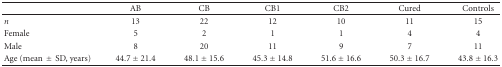
|  | AB | CB | CB1 | CB2 | Cured | Controls |
 | --- | --- | --- | --- | --- | --- | --- |
 | n | 13 | 22 | 12 | 10 | 11 | 15 |
 | Female | 5 | 2 | 1 | 1 | 4 | 4 |
 | Male | 8 | 20 | 11 | 9 | 7 | 11 |
 | Age (mean ± SD, years) | 44.7 ± 21.4 | 48.1 ± 15.6 | 45.3 ± 14.8 | 51.6 ± 16.6 | 50.3 ± 16.7 | 43.8 ± 16.3 |